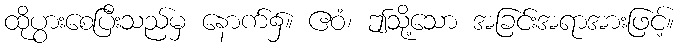
ထိုပွားစေပြီးသည်မှ နောက်၌။ ဧဝံ၊ ဤသို့သော အခြင်းအရာအားဖြင့်။